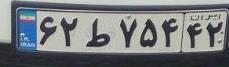
۶۲ط۷۵۴۴۲